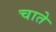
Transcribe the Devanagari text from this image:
चाते